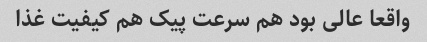
واقعا عالی بود هم سرعت پیک هم کیفیت غذا